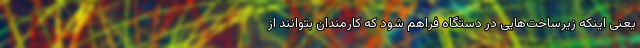
یعنی اینکه زیرساخت‌هایی در دستگاه فراهم شود که کارمندان بتوانند از